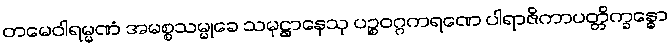
တမေဝါရမ္မဏံ အမစ္စသမ္မုခေ သမုဋ္ဌာနေသု ပဉ္စဝဂ္ဂကရဏေ ပါရာဇိကာပတ္တိက္ခန္ဓော